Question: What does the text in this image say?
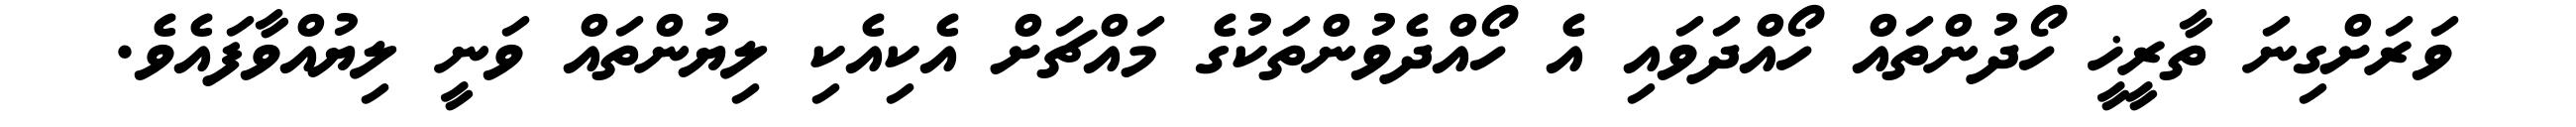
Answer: ވަރަށްގިނަ ތާރީޚީ ހޯދުންތައް ހޯއްދަވައި އެ ހޯއްދެވުންތަކުގެ މައްޗަށް އެކިއެކި ލިޔުންތައް ވަނީ ލިޔުއްވާފައެވެ.